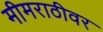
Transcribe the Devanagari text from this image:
मीमराठीवर